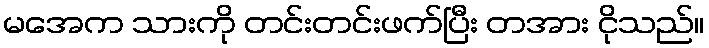
မအေက သားကို တင်းတင်းဖက်ပြီး တအား ငိုသည်။